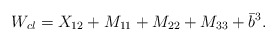
\begin{align*}W_{cl} = X_{1 2} + M_{1 1} + M_{2 2} + M_{3 3} + \bar{b}^3.\end{align*}